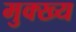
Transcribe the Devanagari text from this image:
मुक्ख्य